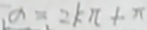
\alpha = 2 k \pi + \pi